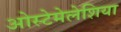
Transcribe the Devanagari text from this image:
ओस्टेमेलेशिया